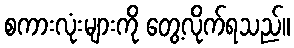
စကားလုံးများကို တွေ့လိုက်ရသည်။